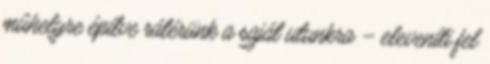
mûhelyre építve rátérünk a saját utunkra – eleveníti fel